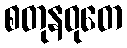
စတုနဝုတေ